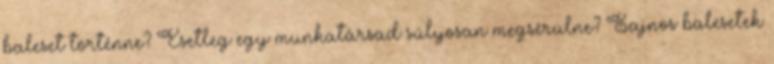
baleset történne? Esetleg egy munkatársad súlyosan megsérülne? Sajnos balesetek